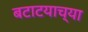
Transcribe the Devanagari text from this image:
बटाटयाच्या